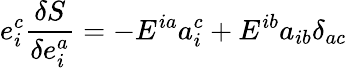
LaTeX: e_{i}^{c}\frac{\delta S}{\delta e_{i}^{a}}=-E^{ia}a_{i}^{c}+E^{ib}a_{ib}\delta_{ac}